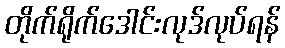
တိုက်ရိုက်ဒေါင်းလုဒ်လုပ်ရန်